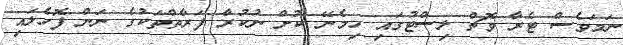
ނަމަވެސް ޓެރާ ވޮޗް ލިސްޓުގައި ހިމެނޭ ކުށް ނުކުރާ ފަރާތްތަކުގެ ނަން ފޮހެލައި